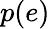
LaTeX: p(e)